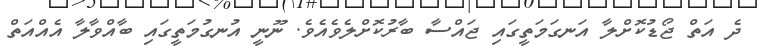
ދެ އަތް ޖޯޑުކޮށްލާ އަނގަމަތީގައި ޖައްސާ ބާރުކޮށްލެވެއެވެ. ނޫނީ އުނގުމަތީގައި ބާއްވާލާ އެއްއަތް